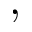
,